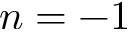
n = - 1